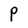
Character: P